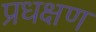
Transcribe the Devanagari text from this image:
प्रधक्षण